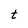
Character: t